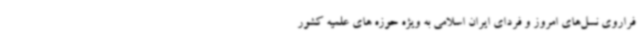
فراروی نسل‌های امروز و فردای ایران اسلامی به ویژه حوزه های علمیه کشور